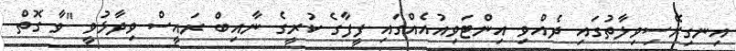
އިނގިރޭސިވިލާތުގައި ދެއްވި އިންޓަވިއުއެއްގައި ފީފާގެ ކުރީގެ ނާއިބް ރައީސް ވިދާޅުވީ "ވާ ގޮތް